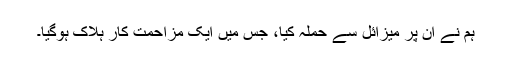
ہم نے اُن پر میزائل سے حملہ کیا، جِس میں ایک مزاحمت کار ہلاک ہوگیا۔